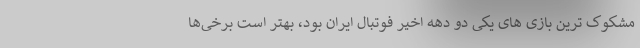
مشکوک ترین بازی های یکی دو دهه اخیر فوتبال ایران بود، بهتر است برخی‌ها